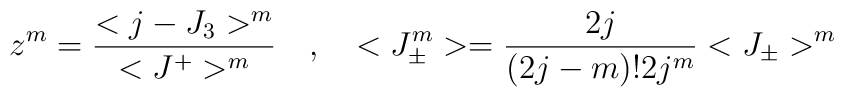
z^{m} = \frac{< j - J_{3} >^{m}}{< J^{+}>^{m}} \quad , \quad < J_{\pm}^{m} > =\frac{2j}{(2 j- m) ! 2 j^{m}} < J_{\pm}>^{m}